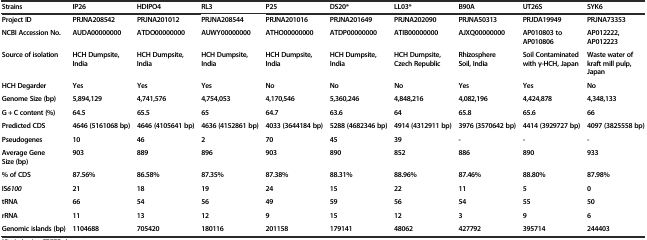
<table><thead><tr><td><b>Strains</b></td><td><b>IP26</b></td><td><b>HDIPO4</b></td><td><b>RL3</b></td><td><b>P25</b></td><td><b>DS20*</b></td><td><b>LL03*</b></td><td><b>B90A</b></td><td><b>UT26S</b></td><td><b>SYK6</b></td></tr></thead><tbody><tr><td><b>Project ID</b></td><td><b>PRJNA208542</b></td><td><b>PRJNA201012</b></td><td><b>PRJNA208544</b></td><td><b>PRJNA201016</b></td><td><b>PRJNA201649</b></td><td><b>PRJNA202090</b></td><td><b>PRJNA50313</b></td><td><b>PRJDA19949</b></td><td><b>PRJNA73353</b></td></tr><tr><td><b>NCBI Accession No.</b></td><td><b>AUDA00000000</b></td><td><b>ATDO00000000</b></td><td><b>AUWY00000000</b></td><td><b>ATHO00000000</b></td><td><b>ATDP00000000</b></td><td><b>ATIB00000000</b></td><td><b>AJXQ00000000</b></td><td><b>AP010803 to AP010806</b></td><td><b>AP012222, AP012223</b></td></tr><tr><td><b>Source of isolation</b></td><td><b>HCH Dumpsite, India</b></td><td><b>HCH Dumpsite, India</b></td><td><b>HCH Dumpsite, India</b></td><td><b>HCH Dumpsite, India</b></td><td><b>HCH Dumpsite, India</b></td><td><b>HCH Dumpsite, Czech Republic</b></td><td><b>Rhizosphere Soil, India</b></td><td><b>Soil Contaminated with γ-HCH, Japan</b></td><td><b>Waste water of kraft mill pulp, Japan</b></td></tr><tr><td><b>HCH Degarder</b></td><td><b>Yes</b></td><td><b>Yes</b></td><td><b>Yes</b></td><td><b>No</b></td><td><b>No</b></td><td><b>No</b></td><td><b>Yes</b></td><td><b>Yes</b></td><td><b>No</b></td></tr><tr><td><b>Genome Size (bp)</b></td><td><b>5,894,129</b></td><td><b>4,741,576</b></td><td><b>4,754,053</b></td><td><b>4,170,546</b></td><td><b>5,360,246</b></td><td><b>4,848,216</b></td><td><b>4,082,196</b></td><td><b>4,424,878</b></td><td><b>4,348,133</b></td></tr><tr><td><b>G + C content (%)</b></td><td><b>64.5</b></td><td><b>65.5</b></td><td><b>65</b></td><td><b>64.7</b></td><td><b>63.6</b></td><td><b>64</b></td><td><b>65.8</b></td><td><b>65.6</b></td><td><b>66</b></td></tr><tr><td><b>Predicted CDS</b></td><td><b>4646 (5161068 bp)</b></td><td><b>4646 (4105641 bp)</b></td><td><b>4636 (4152861 bp)</b></td><td><b>4033 (3644184 bp)</b></td><td><b>5288 (4682346 bp)</b></td><td><b>4914 (4312911 bp)</b></td><td><b>3976 (3570642 bp)</b></td><td><b>4414 (3929727 bp)</b></td><td><b>4097 (3825558 bp)</b></td></tr><tr><td><b>Pseudogenes</b></td><td><b>10</b></td><td><b>46</b></td><td><b>2</b></td><td><b>70</b></td><td><b>45</b></td><td><b>39</b></td><td><b>-</b></td><td><b>-</b></td><td><b>-</b></td></tr><tr><td><b>Average Gene Size (bp)</b></td><td><b>903</b></td><td><b>889</b></td><td><b>896</b></td><td><b>903</b></td><td><b>890</b></td><td><b>852</b></td><td><b>886</b></td><td><b>890</b></td><td><b>933</b></td></tr><tr><td><b>% of CDS</b></td><td><b>87.56%</b></td><td><b>86.58%</b></td><td><b>87.35%</b></td><td><b>87.38%</b></td><td><b>88.31%</b></td><td><b>88.96%</b></td><td><b>87.46%</b></td><td><b>88.80%</b></td><td><b>87.98%</b></td></tr><tr><td><b>IS</b><b><i>6100</i></b></td><td><b>21</b></td><td><b>18</b></td><td><b>19</b></td><td><b>24</b></td><td><b>15</b></td><td><b>22</b></td><td><b>11</b></td><td><b>5</b></td><td><b>0</b></td></tr><tr><td><b>tRNA</b></td><td><b>66</b></td><td><b>54</b></td><td><b>56</b></td><td><b>49</b></td><td><b>59</b></td><td><b>56</b></td><td><b>54</b></td><td><b>55</b></td><td><b>50</b></td></tr><tr><td><b>rRNA</b></td><td><b>11</b></td><td><b>13</b></td><td><b>12</b></td><td><b>9</b></td><td><b>15</b></td><td><b>12</b></td><td><b>3</b></td><td><b>9</b></td><td><b>6</b></td></tr><tr><td><b>Genomic islands (bp)</b></td><td><b>1104688</b></td><td><b>705420</b></td><td><b>180116</b></td><td><b>201158</b></td><td><b>179141</b></td><td><b>48062</b></td><td><b>427792</b></td><td><b>395714</b></td><td><b>244403</b></td></tr></tbody></table>